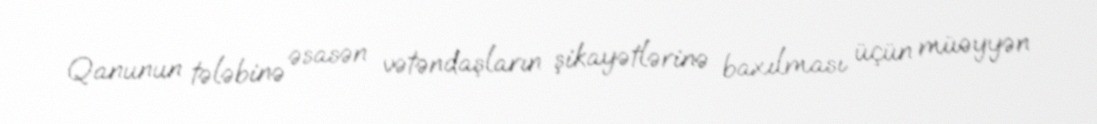
Qanunun tələbinə əsasən vətəndaşların şikayətlərinə baxılması üçün müəyyən